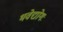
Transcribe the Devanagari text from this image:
भवेद्योगः